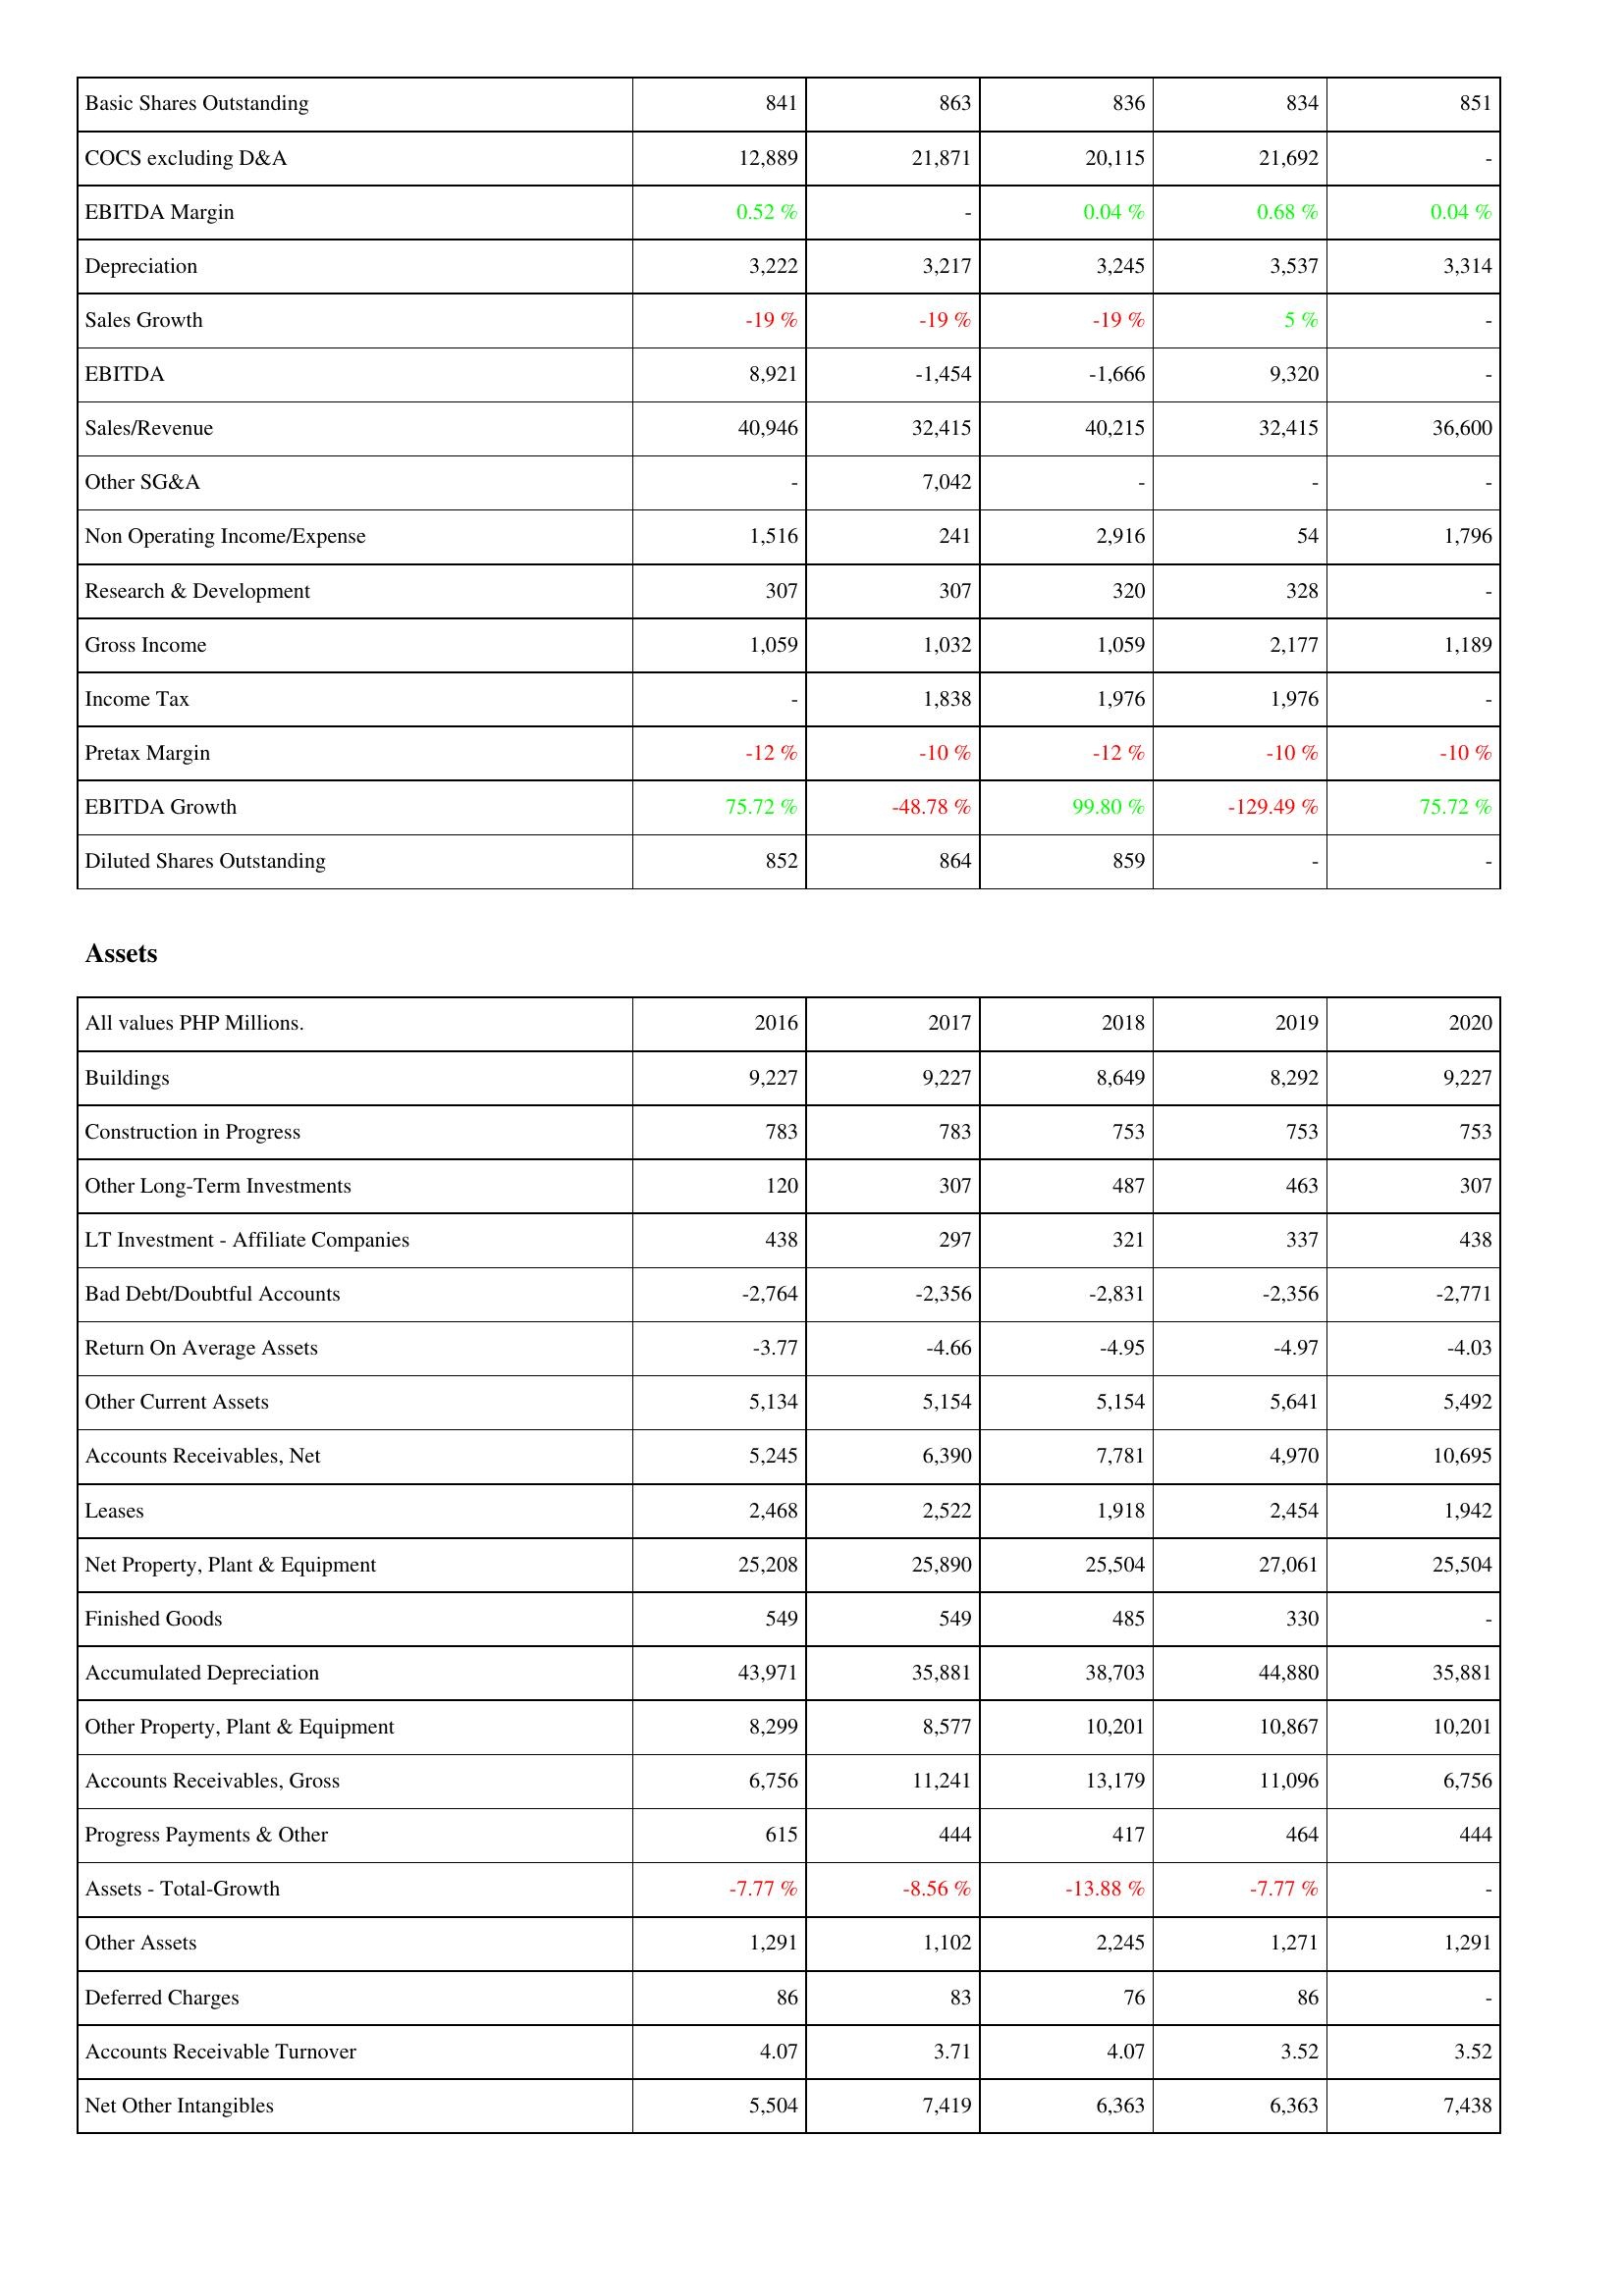
2016: Income Statement: Basic Shares Outstanding: 841
COCS excluding D&A: 12,889
EBITDA Margin: 0.52 %
Depreciation: 3,222
Sales Growth: -19 %
EBITDA: 8,921
Sales/Revenue: 40,946
Other SG&A: -
Non Operating Income/Expense: 1,516
Research & Development: 307
Gross Income: 1,059
Income Tax: -
Pretax Margin: -12 %
EBITDA Growth: 75.72 %
Diluted Shares Outstanding: 852
Assets: Buildings: 9,227
Construction in Progress: 783
Other Long-Term Investments: 120
LT Investment - Affiliate Companies: 438
Bad Debt/Doubtful Accounts: -2,764
Return On Average Assets: -3.77
Other Current Assets: 5,134
Accounts Receivables, Net: 5,245
Leases: 2,468
Net Property, Plant & Equipment: 25,208
Finished Goods: 549
Accumulated Depreciation: 43,971
Other Property, Plant & Equipment: 8,299
Accounts Receivables, Gross: 6,756
Progress Payments & Other: 615
Assets - Total-Growth: -7.77 %
Other Assets: 1,291
Deferred Charges: 86
Accounts Receivable Turnover: 4.07
Net Other Intangibles: 5,504
2017: Income Statement: Basic Shares Outstanding: 863
COCS excluding D&A: 21,871
EBITDA Margin: -
Depreciation: 3,217
Sales Growth: -19 %
EBITDA: -1,454
Sales/Revenue: 32,415
Other SG&A: 7,042
Non Operating Income/Expense: 241
Research & Development: 307
Gross Income: 1,032
Income Tax: 1,838
Pretax Margin: -10 %
EBITDA Growth: -48.78 %
Diluted Shares Outstanding: 864
Assets: Buildings: 9,227
Construction in Progress: 783
Other Long-Term Investments: 307
LT Investment - Affiliate Companies: 297
Bad Debt/Doubtful Accounts: -2,356
Return On Average Assets: -4.66
Other Current Assets: 5,154
Accounts Receivables, Net: 6,390
Leases: 2,522
Net Property, Plant & Equipment: 25,890
Finished Goods: 549
Accumulated Depreciation: 35,881
Other Property, Plant & Equipment: 8,577
Accounts Receivables, Gross: 11,241
Progress Payments & Other: 444
Assets - Total-Growth: -8.56 %
Other Assets: 1,102
Deferred Charges: 83
Accounts Receivable Turnover: 3.71
Net Other Intangibles: 7,419
2018: Income Statement: Basic Shares Outstanding: 836
COCS excluding D&A: 20,115
EBITDA Margin: 0.04 %
Depreciation: 3,245
Sales Growth: -19 %
EBITDA: -1,666
Sales/Revenue: 40,215
Other SG&A: -
Non Operating Income/Expense: 2,916
Research & Development: 320
Gross Income: 1,059
Income Tax: 1,976
Pretax Margin: -12 %
EBITDA Growth: 99.80 %
Diluted Shares Outstanding: 859
Assets: Buildings: 8,649
Construction in Progress: 753
Other Long-Term Investments: 487
LT Investment - Affiliate Companies: 321
Bad Debt/Doubtful Accounts: -2,831
Return On Average Assets: -4.95
Other Current Assets: 5,154
Accounts Receivables, Net: 7,781
Leases: 1,918
Net Property, Plant & Equipment: 25,504
Finished Goods: 485
Accumulated Depreciation: 38,703
Other Property, Plant & Equipment: 10,201
Accounts Receivables, Gross: 13,179
Progress Payments & Other: 417
Assets - Total-Growth: -13.88 %
Other Assets: 2,245
Deferred Charges: 76
Accounts Receivable Turnover: 4.07
Net Other Intangibles: 6,363
2019: Income Statement: Basic Shares Outstanding: 834
COCS excluding D&A: 21,692
EBITDA Margin: 0.68 %
Depreciation: 3,537
Sales Growth: 5 %
EBITDA: 9,320
Sales/Revenue: 32,415
Other SG&A: -
Non Operating Income/Expense: 54
Research & Development: 328
Gross Income: 2,177
Income Tax: 1,976
Pretax Margin: -10 %
EBITDA Growth: -129.49 %
Diluted Shares Outstanding: -
Assets: Buildings: 8,292
Construction in Progress: 753
Other Long-Term Investments: 463
LT Investment - Affiliate Companies: 337
Bad Debt/Doubtful Accounts: -2,356
Return On Average Assets: -4.97
Other Current Assets: 5,641
Accounts Receivables, Net: 4,970
Leases: 2,454
Net Property, Plant & Equipment: 27,061
Finished Goods: 330
Accumulated Depreciation: 44,880
Other Property, Plant & Equipment: 10,867
Accounts Receivables, Gross: 11,096
Progress Payments & Other: 464
Assets - Total-Growth: -7.77 %
Other Assets: 1,271
Deferred Charges: 86
Accounts Receivable Turnover: 3.52
Net Other Intangibles: 6,363
2020: Income Statement: Basic Shares Outstanding: 851
COCS excluding D&A: -
EBITDA Margin: 0.04 %
Depreciation: 3,314
Sales Growth: -
EBITDA: -
Sales/Revenue: 36,600
Other SG&A: -
Non Operating Income/Expense: 1,796
Research & Development: -
Gross Income: 1,189
Income Tax: -
Pretax Margin: -10 %
EBITDA Growth: 75.72 %
Diluted Shares Outstanding: -
Assets: Buildings: 9,227
Construction in Progress: 753
Other Long-Term Investments: 307
LT Investment - Affiliate Companies: 438
Bad Debt/Doubtful Accounts: -2,771
Return On Average Assets: -4.03
Other Current Assets: 5,492
Accounts Receivables, Net: 10,695
Leases: 1,942
Net Property, Plant & Equipment: 25,504
Finished Goods: -
Accumulated Depreciation: 35,881
Other Property, Plant & Equipment: 10,201
Accounts Receivables, Gross: 6,756
Progress Payments & Other: 444
Assets - Total-Growth: -
Other Assets: 1,291
Deferred Charges: -
Accounts Receivable Turnover: 3.52
Net Other Intangibles: 7,438